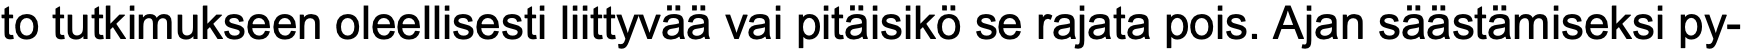
to tutkimukseen oleellisesti liittyvää vai pitäisikö se rajata pois. Ajan säästämiseksi py-